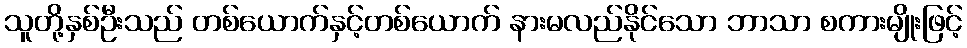
သူတို့နှစ်ဦးသည် တစ်ယောက်နှင့်တစ်ယောက် နားမလည်နိုင်သော ဘာသာ စကားမျိုးဖြင့်